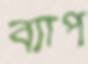
ব্যাপ